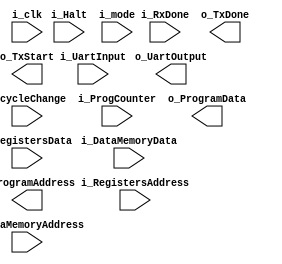
`timescale 1ns / 1ps

module debugUnit (
	input  wire i_clk              ,
	input  wire i_Halt             ,
	input  wire i_mode             ,
	input  wire i_cycleChange      ,
	input  wire i_RegistersAddress ,
	input  wire i_RegistersData    ,
	input  wire i_DataMemoryData   ,
	input  wire i_DataMemoryAddress,
	input  wire i_ProgCounter      ,
	input  wire i_UartInput        ,
	input  wire i_RxDone           ,
	output wire o_ProgramData      ,
	output wire o_ProgramAddress   ,
	output wire o_UartOutput       ,
	output wire o_TxDone           ,
	output wire o_TxStart
);

endmodule